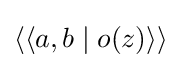
\langle \langle a,b\mid o(z)\rangle \rangle